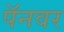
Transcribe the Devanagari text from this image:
पॅनवर